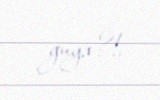
guya?!.